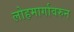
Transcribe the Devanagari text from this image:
लोहमार्गावरुन